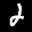
Label: 2